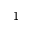
1